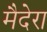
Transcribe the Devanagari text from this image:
मैदेरा